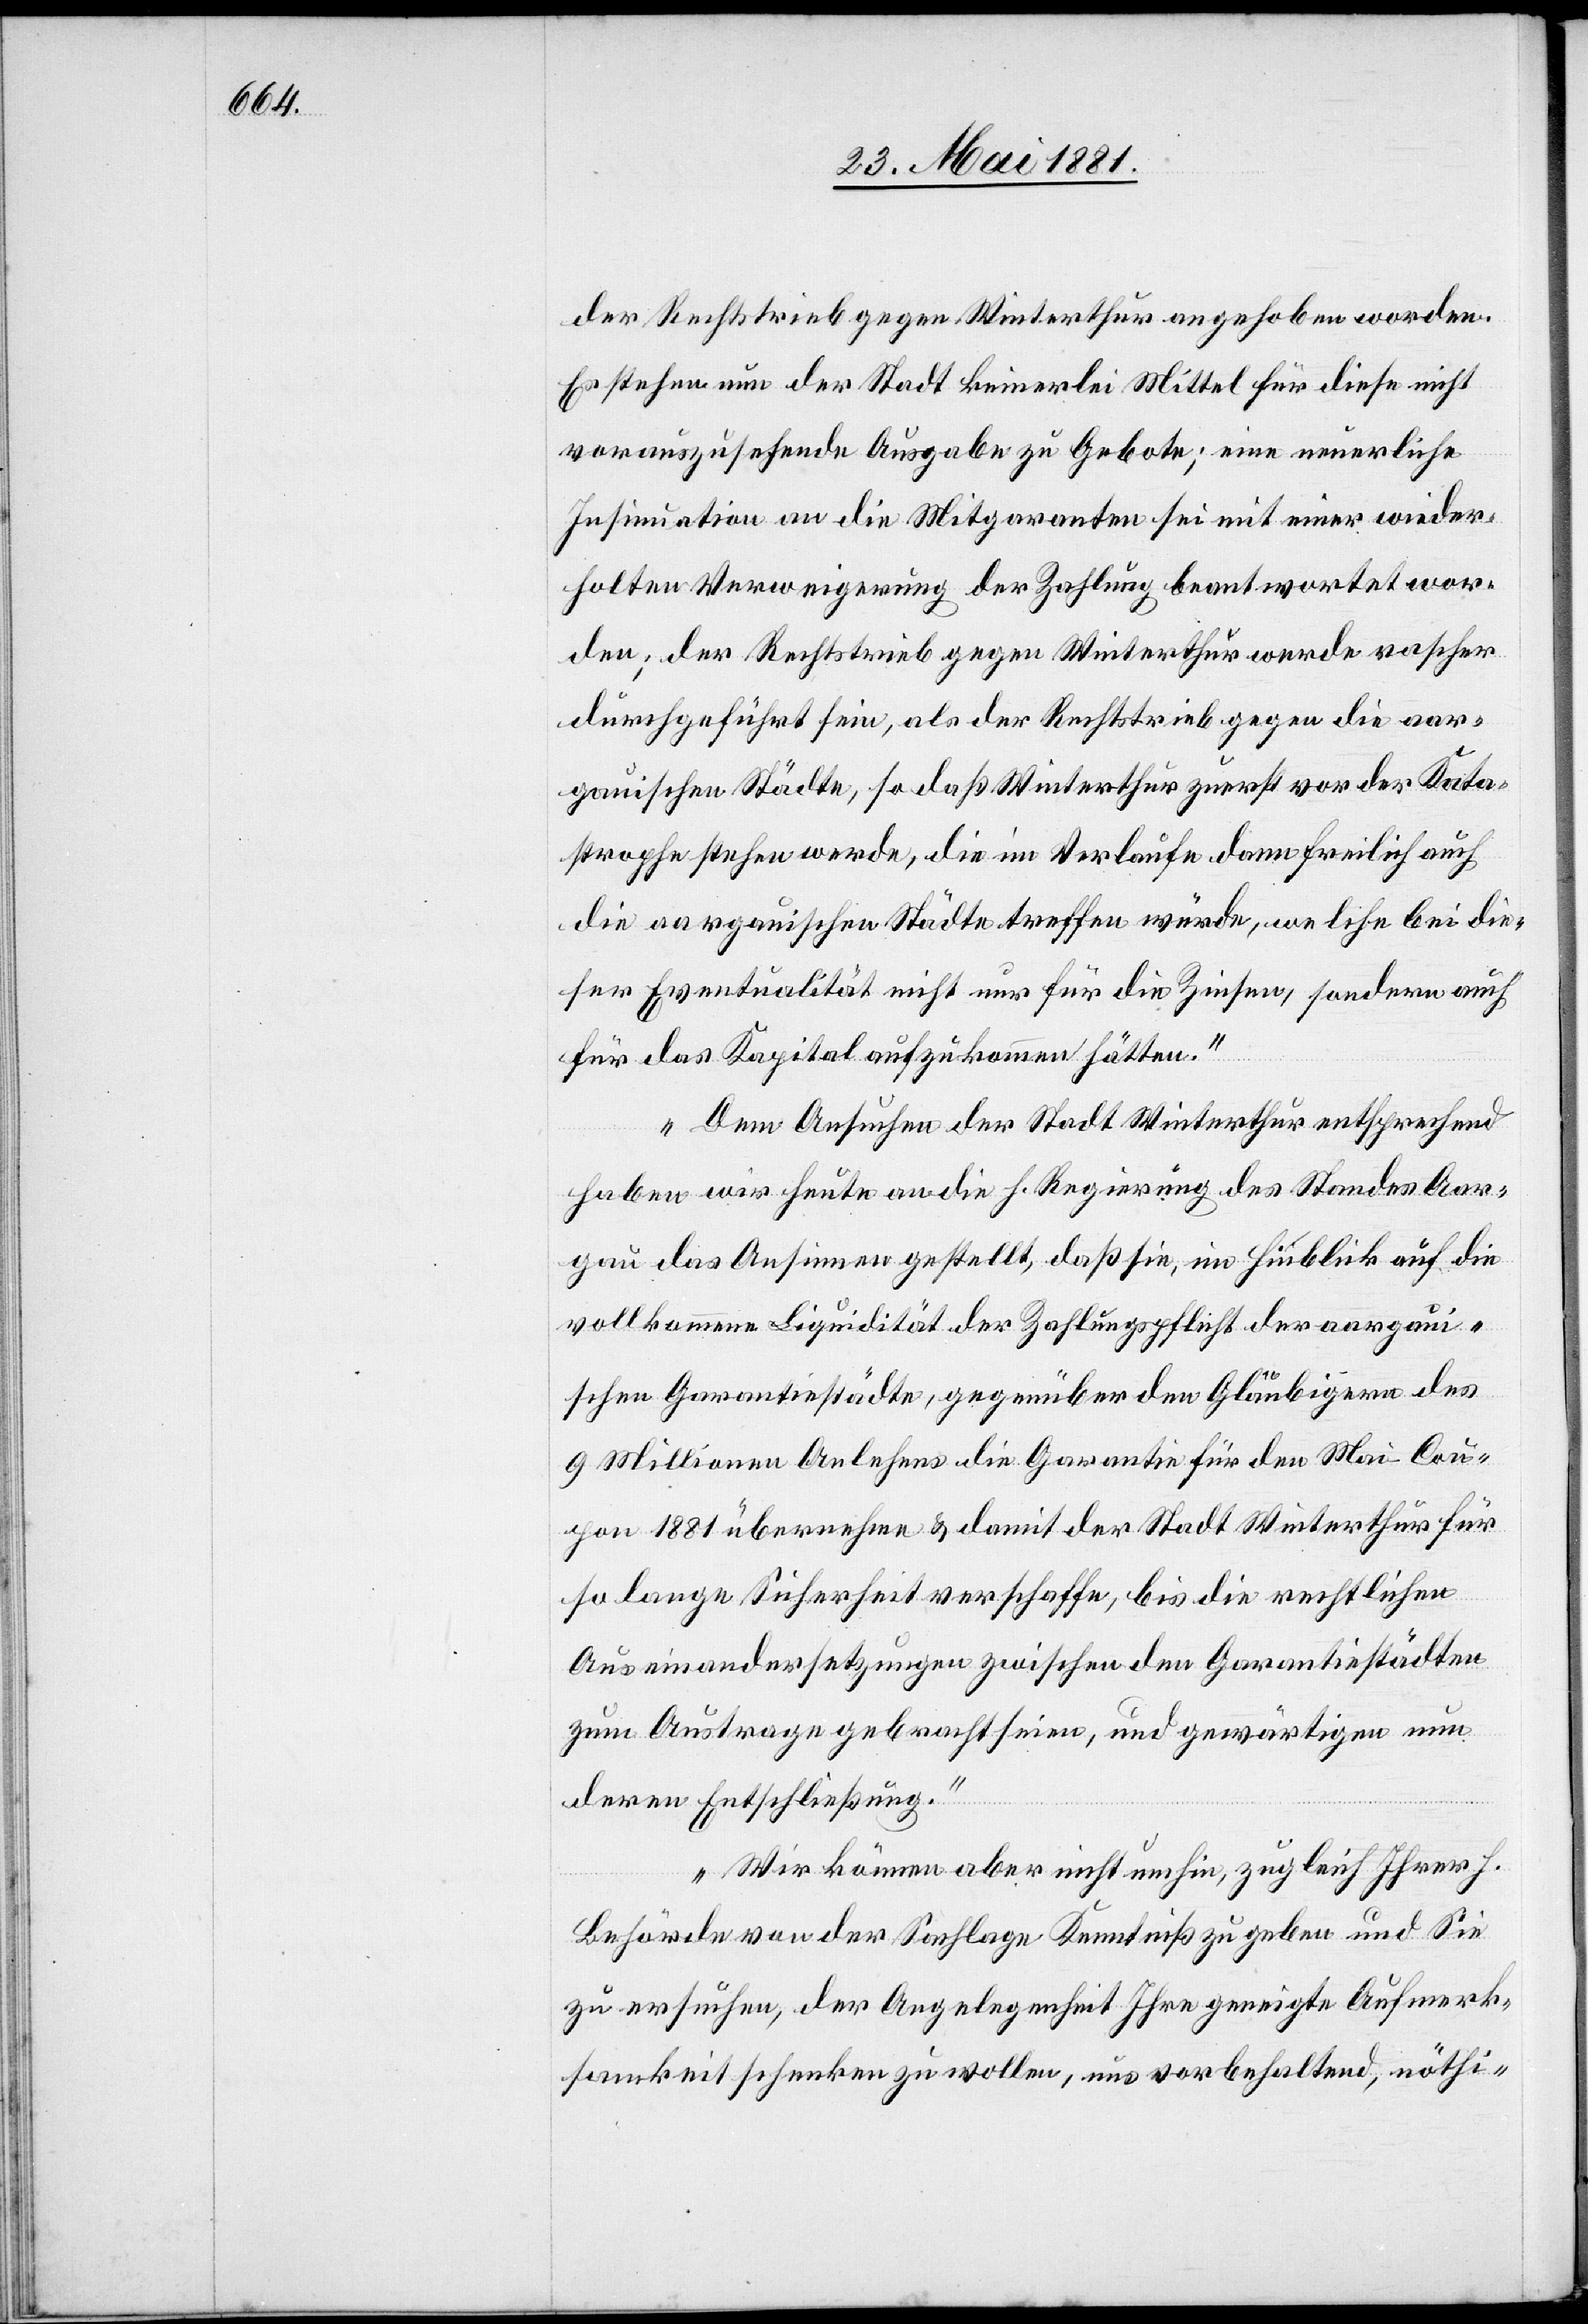
der Rechtstrieb gegen Winterthur angehoben worden.
Es stehen nun der Stadt keinerlei Mittel für diese nicht
vorauszusehende Ausgabe zu Gebote; eine neuerliche
Insinuation an die Mitgaranten sei mit einer wieder¬
holten Verweigerung der Zahlung beantwortet wor¬
den; der Rechtstrieb gegen Winterthur werde rascher
durchgeführt sein, als der Rechtstrieb gegen die aar¬
gauischen Städte, so daß Winterthur zuerst vor der Kata¬
strophe stehen werde, die im Verlaufe dann freilich auch
die aargauischen Städte treffen würde, welche bei die¬
ser Eventualität nicht nur für die Zinsen, sondern auch
für das Kapital aufzukommen hätten.
Dem Ansuchen der Stadt Winterthur entsprechend
haben wir heute an die h. Regierung des Standes Aar¬
gau das Ansinnen gestellt, daß die, im Hinblick auf die
vollkommene Liquidität der Zahlungspflicht der aargaui¬
schen Garantiestädte, gegenüber den Gläubigern des
9 Millionen Anlehens die Garantie für den Mai-Cou¬
pon 1881 übernehme & damit der Stadt Winterthur für
so lange Sicherheit verschaffe, bis die rechtlichen
Auseinandersetzungen zwischen Garantiestädten
zum Austrage gebracht seien, und gewärtigen nun
deren Entschließung.
Wir können aber nicht umhin, zugleich Ihrer h.
Behörde von der Sachlage Kenntniß zu geben und Sie
zu ersuchen, der Angelegenheit Ihre geneigte Aufmerk¬
samkeit schenken zu wollen, uns vorbehaltend, nöthi-